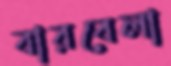
বারবেলা